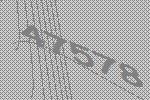
47578